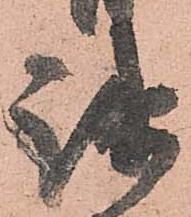
疎